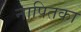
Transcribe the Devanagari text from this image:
नापितका